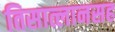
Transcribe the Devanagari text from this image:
तिसात्लानसह